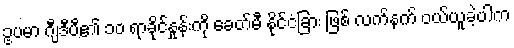
ဥပမာ ဂျီဒီပီ၏ ၁၀ ရာခိုင်နှုန်းကို ခေတ်မီ နိုင်ငံခြား ဖြစ် လက်နက် ဝယ်ယူခဲ့ပါက